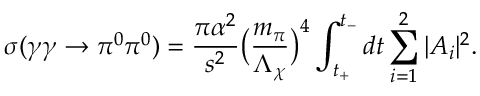
\sigma ( \gamma \gamma \to \pi ^ { 0 } \pi ^ { 0 } ) = { \frac { \pi \alpha ^ { 2 } } { s ^ { 2 } } } \bigl ( { \frac { m _ { \pi } } { \Lambda _ { \chi } } } \bigr ) ^ { 4 } \int _ { t _ { + } } ^ { t _ { - } } d t \sum _ { i = 1 } ^ { 2 } | A _ { i } | ^ { 2 } .